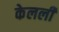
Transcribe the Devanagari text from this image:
केलली